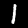
Digit: 1